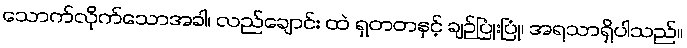
သောက်လိုက်သောအခါ၊ လည်ချောင်း ထဲ ရှတတနှင့် ချဉ်ပြုံးပြုံ၊ အရသာရှိပါသည်။